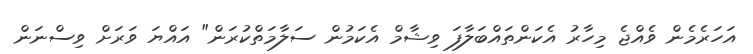
އަހަރެމެން ވެއްޖެ މިހާރު އެކަންތައްބަލާފަ ވިޝާމް އެކަމުން ސަލާމަތްކުރަން" އައްޔަ ވަރަށް ވިސްނަން